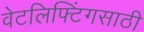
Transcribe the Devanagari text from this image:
वेटलिफ्टिंगसाठी